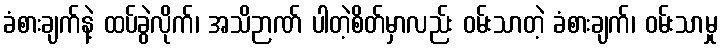
ခံစားချက်နဲ့ ထပ်ခွဲလိုက်၊ အသိဉာဏ် ပါတဲ့စိတ်မှာလည်း ဝမ်းသာတဲ့ ခံစားချက်၊ ဝမ်းသာမှု